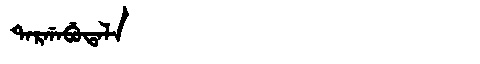
Manchu: ᡨᠠᡵᡤᠠᠪᡠᡨᠠᠯᠠ
Romanization: TARGABUTALA